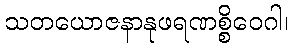
သတယောဇနာနုဖရဏစ္စိဝေဂါ၊